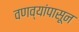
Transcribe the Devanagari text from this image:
वणव्यांपासून